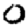
Digit: 0